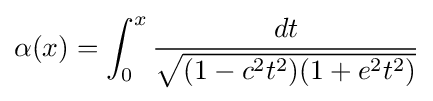
\alpha (x)=\int _{0}^{x}{\frac {dt}{\sqrt {(1-c^{2}t^{2})(1+e^{2}t^{2})}}}